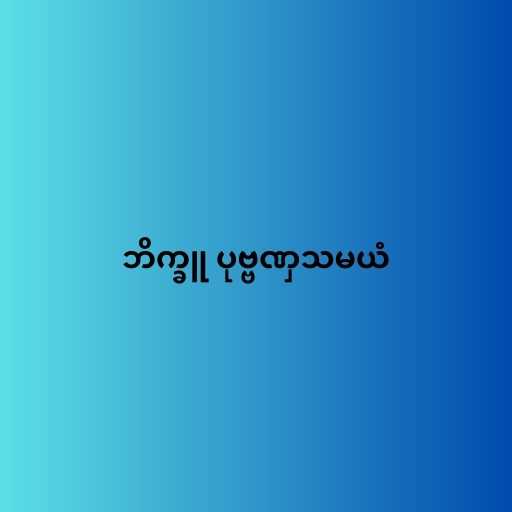
ဘိက္ခူ ပုဗ္ဗဏှသမယံ